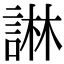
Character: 諃